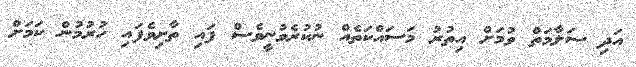
އަދި ސަލާމަތް ވުމަށް އިތުރު މަސައްކަތެއް ނުކުރެވުނީވެސް ފައި ތާށިވެފައި ހުރުމުން ކަމަށް